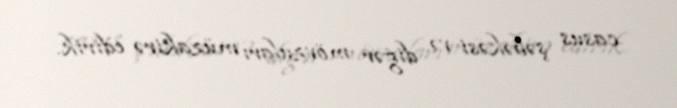
casus şəbəkəsi və digər mövzuları müzakirə edirik.